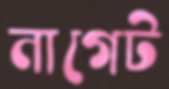
নাগেট